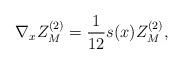
LaTeX: \begin{align*}\nabla_x Z_M^{(2)}=\frac{1}{12}s(x)Z_M^{(2)},\end{align*}